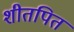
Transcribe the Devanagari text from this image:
शीतपित